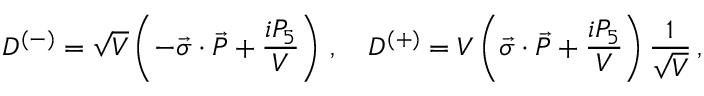
D ^ { ( - ) } = \sqrt { V } \left( - \vec { \sigma } \cdot \vec { P } + \frac { i P _ { 5 } } { V } \right) \, , \quad D ^ { ( + ) } = V \left( \vec { \sigma } \cdot \vec { P } + \frac { i P _ { 5 } } { V } \right) \frac { 1 } { \sqrt { V } } \, ,